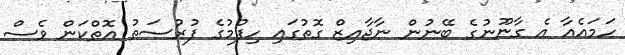
ހަމައެއާ އެ ގާނޫނުގެ ބޭނުން ނާޖާއިޒް ގޮތުގައި ހިފުމުގެ ފުރުސަތު އޮތްކަން ވެސް